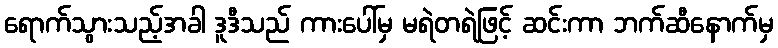
ရောက်သွားသည့်အခါ ဒူဒီသည် ကားပေါ်မှ မရဲတရဲဖြင့် ဆင်းကာ ဘက်ဆီနောက်မှ